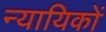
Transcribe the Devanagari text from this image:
न्यायिकों